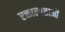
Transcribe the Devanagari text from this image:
रक्ताल्पताओं